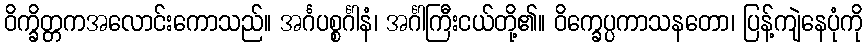
ဝိက္ခိတ္တကအလောင်းကောသည်။ အင်္ဂပစ္စင်္ဂါနံ၊ အင်္ဂါကြီးငယ်တို့၏။ ဝိက္ခေပ္ပကာသနတော၊ ပြန့်ကျဲနေပုံကို